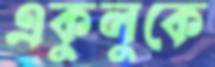
একুলুকে